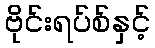
ဗိုင်းရပ်စ်နှင့်